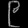
Digit: ၉